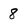
Character: 8